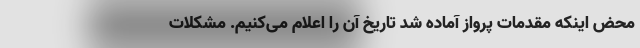
محض اینکه مقدمات پرواز آماده شد تاریخ آن را اعلام می‌کنیم. مشکلات